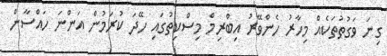
ގިނަ ވަގުތުތަކެއް މިހާރު ހެންވޭރު އިބްރިމް މިސްކިތުގައި ހޭދަ ކުރަމުން އަންނަ ހައްސާން